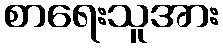
စာရေးသူအား